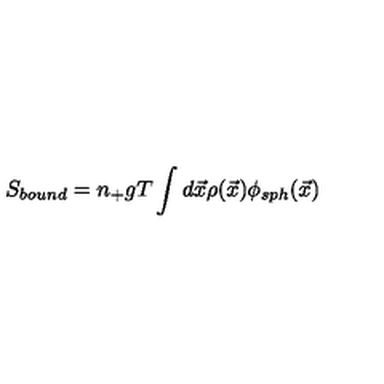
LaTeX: S _ { b o u n d } = n _ { + } g T \int d { \vec { x } } \rho ( { \vec { x } } ) \phi _ { s p h } ( { \vec { x } } )